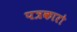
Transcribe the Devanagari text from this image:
पत्रकारो